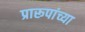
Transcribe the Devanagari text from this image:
प्रारूपांच्या